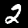
Digit: 2